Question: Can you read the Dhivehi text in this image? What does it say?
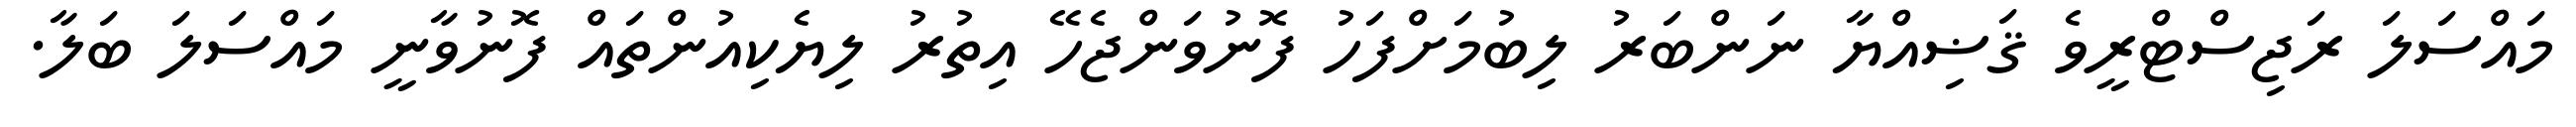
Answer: މައްސަލަ ރަޖިސްޓްރީވެ ޤަޟިއްޔާ ނަންބަރު ލިބުމަށްފަހު ފޮނުވަންޖެހޭ އިތުރު ލިޔެކިއުންތައް ފޮނުވާނީ މައްސަލަ ބަލާ.